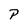
Character: P